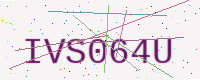
Text: IVS064U